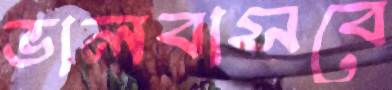
ভালবাসবে